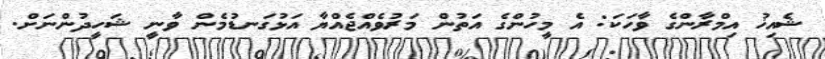
ޝެއިޚު އިމްރާންގެ ވާހަކަ: އެ މީހުންގެ އަތުން މަރުވެއްޖެއްޔާ އަޅުގަނޑުމެން ވާނީ ޝަހީދުންނަށް.